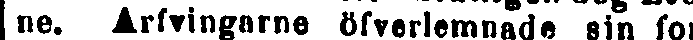
ne. Arfvingarne öfverlemnade sin for